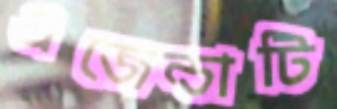
এজেন্ডাটি